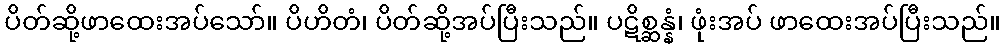
ပိတ်ဆို့ဖာထေးအပ်သော်။ ပိဟိတံ၊ ပိတ်ဆို့အပ်ပြီးသည်။ ပဋိစ္ဆန္နံ၊ ဖုံးအပ် ဖာထေးအပ်ပြီးသည်။